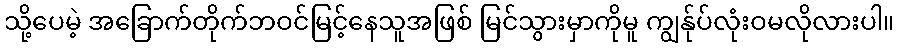
သို့ပေမဲ့ အခြောက်တိုက်ဘဝင်မြင့်နေသူအဖြစ် မြင်သွားမှာကိုမူ ကျွန်ုပ်လုံးဝမလိုလားပါ။